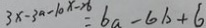
3 x - 3 a - 1 0 x - 2 6 = 6 a - 6 b + 6